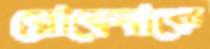
রোবেনাকে